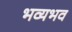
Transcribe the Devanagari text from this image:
भव्यभव